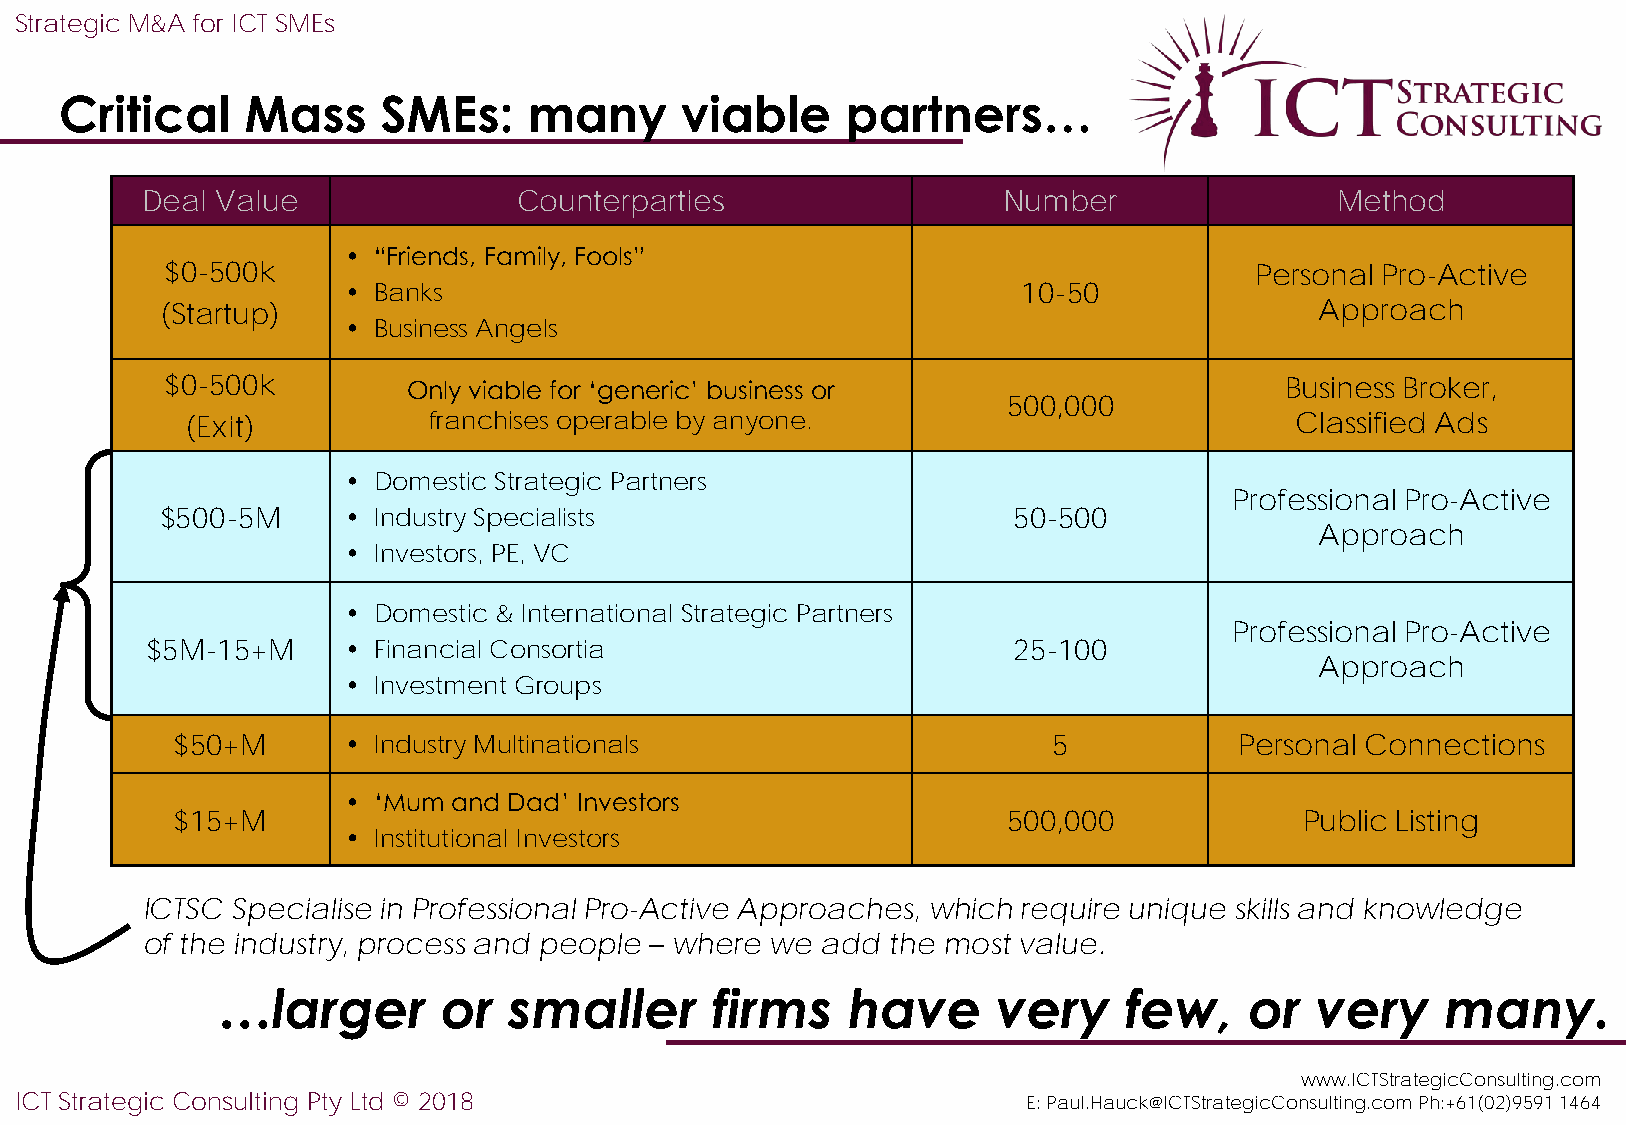
Strategic M&A for ICT SMEs
 Critical    Mass     SMEs:     many      viable     partners…
 Deal Value               Counterparties                  Number                Method
 • “Friends, Family, Fools”
 $0-500k                                                                 Personal Pro-Active
 • Banks                                      10-50
 (Startup)                                                                   Approach
 • Business Angels
 $0-500k         Only viable for ‘generic’ business or                     Business Broker,
 500,000
 (Exit)          franchises operable by anyone.                            Classified Ads
 • Domestic Strategic Partners
 Professional Pro-Active
 $500-5M     • Industry Specialists                      50-500
 Approach
 • Investors, PE, VC
 • Domestic & International Strategic Partners
 Professional Pro-Active
 $5M-15+M     • Financial Consortia                       25-100
 Approach
 • Investment Groups
 $50+M       • Industry Multinationals                      5           Personal Connections
 • ‘Mum and Dad’ Investors
 $15+M                                                   500,000            Public Listing
 • Institutional Investors
 ICTSC Specialise in Professional Pro-Active Approaches, which require unique skills and knowledge
 of the industry, process and people – where we add the most value.
 …larger        or   smaller      firms    have      very    few,     or  very     many.
 www.ICTStrategicConsulting.com
 ICT Strategic Consulting Pty Ltd © 2018                            E: Paul.Hauck@ICTStrategicConsulting.com Ph:+61(02)9591 1464